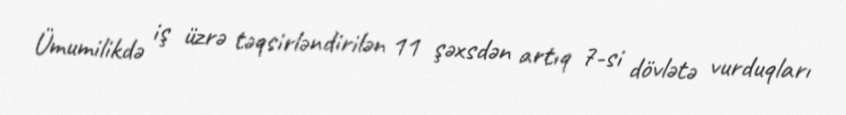
Ümumilikdə iş üzrə təqsirləndirilən 11 şəxsdən artıq 7-si dövlətə vurduqları